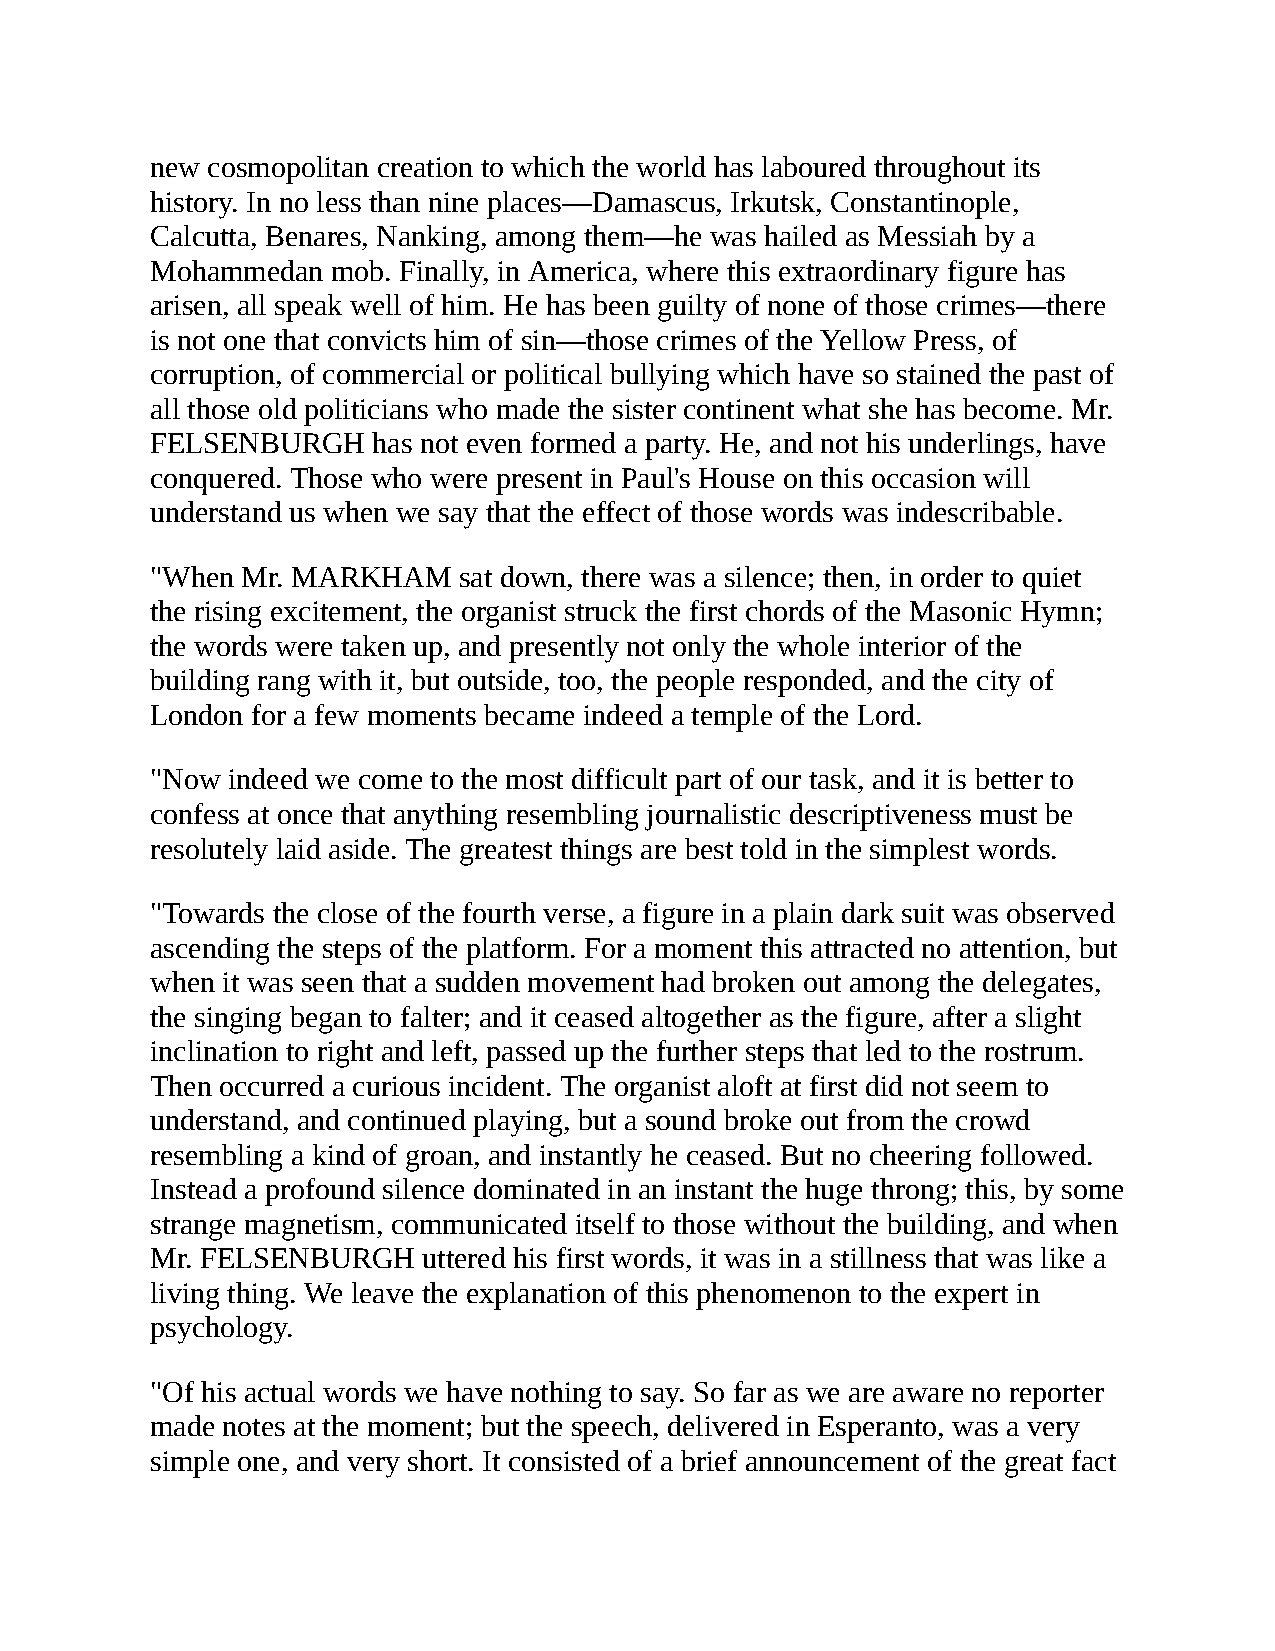
new cosmopolitan creation to which the world has laboured throughout its
 history. In no less than nine places—Damascus, Irkutsk, Constantinople,
 Calcutta, Benares, Nanking, among them—he was hailed as Messiah by a
 Mohammedan  mob. Finally, in America, where this extraordinary figure has
 arisen, all speak well of him. He has been guilty of none of those crimes—there
 is not one that convicts him of sin—those crimes of the Yellow Press, of
 corruption, of commercial or political bullying which have so stained the past of
 all those old politicians who made the sister continent what she has become. Mr.
 FELSENBURGH    has not even formed a party. He, and not his underlings, have
 conquered. Those who were present in Paul's House on this occasion will
 understand us when we say that the effect of those words was indescribable.
 "When Mr. MARKHAM   sat down, there was a silence; then, in order to quiet
 the rising excitement, the organist struck the first chords of the Masonic Hymn;
 the words were taken up, and presently not only the whole interior of the
 building rang with it, but outside, too, the people responded, and the city of
 London for a few moments became indeed a temple of the Lord.
 "Now indeed we come to the most difficult part of our task, and it is better to
 confess at once that anything resembling journalistic descriptiveness must be
 resolutely laid aside. The greatest things are best told in the simplest words.
 "Towards the close of the fourth verse, a figure in a plain dark suit was observed
 ascending the steps of the platform. For a moment this attracted no attention, but
 when it was seen that a sudden movement had broken out among the delegates,
 the singing began to falter; and it ceased altogether as the figure, after a slight
 inclination to right and left, passed up the further steps that led to the rostrum.
 Then occurred a curious incident. The organist aloft at first did not seem to
 understand, and continued playing, but a sound broke out from the crowd
 resembling a kind of groan, and instantly he ceased. But no cheering followed.
 Instead a profound silence dominated in an instant the huge throng; this, by some
 strange magnetism, communicated itself to those without the building, and when
 Mr. FELSENBURGH   uttered his first words, it was in a stillness that was like a
 living thing. We leave the explanation of this phenomenon to the expert in
 psychology.
 "Of his actual words we have nothing to say. So far as we are aware no reporter
 made notes at the moment; but the speech, delivered in Esperanto, was a very
 simple one, and very short. It consisted of a brief announcement of the great fact